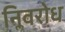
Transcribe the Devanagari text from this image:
निॢवरोध